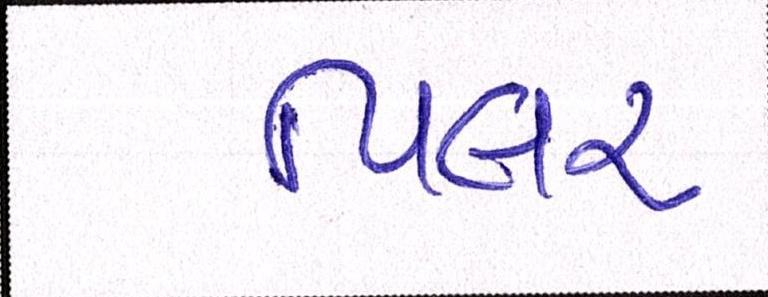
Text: પિલર